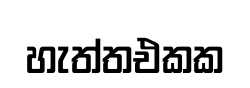
හැත්තඑකක